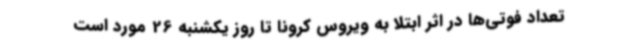
تعداد فوتی‌ها در اثر ابتلا به ویروس کرونا تا روز یکشنبه 26 مورد است